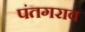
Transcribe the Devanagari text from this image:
पंतगराव